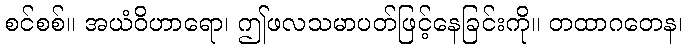
စင်စစ်။ အယံဝိဟာရော၊ ဤဖလသမာပတ်ဖြင့်နေခြင်းကို။ တထာဂတေန၊